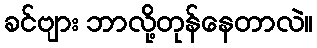
ခင်ဗျား ဘာလို့တုန်နေတာလဲ။